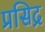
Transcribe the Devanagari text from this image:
प्रसिद्र